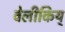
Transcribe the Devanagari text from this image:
वेलीकिय्